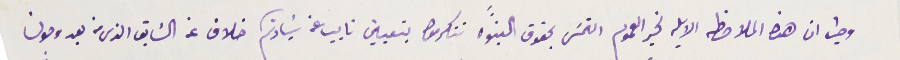
وحيث ان هذه الملاحظه الايله لخير العموم التمسَ بحقوق البنوه تتكرموا بتعيين نايب عن سَيادتكم خلاف عن السَابق الذى من بعد وصولنا